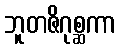
ဘူတဇိဂုစ္ဆကာ